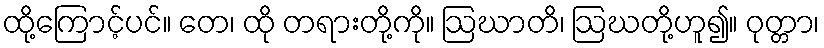
ထို့ကြောင့်ပင်။ တေ၊ ထို တရားတို့ကို။ ဩဃာတိ၊ ဩဃတို့ဟူ၍။ ဝုတ္တာ၊